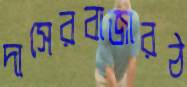
দাসেরবাজারঠ